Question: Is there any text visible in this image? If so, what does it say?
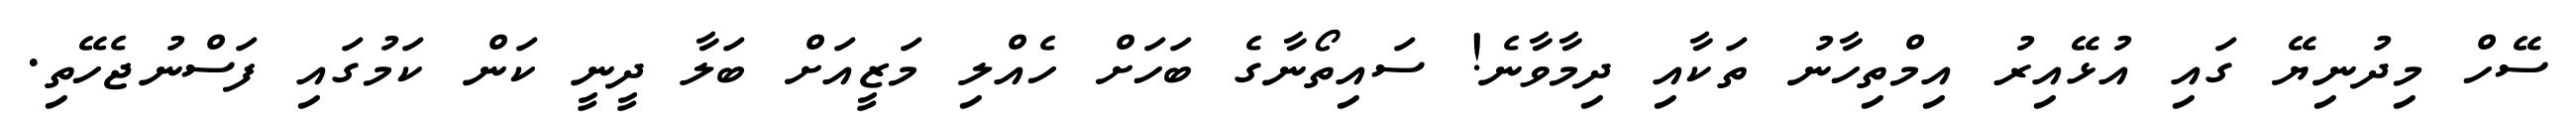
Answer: ސޭހް މިދުނިޔޭ ގައި އުޅޭއިރު އިމްތިހާނު ތަކާއި ދިމާވާނެ! ސައިތޯނާގެ ބަހަށް ހެއްލި މަޒީއަށް ބަލާ ދީނީ ކަން ކަމުގައި ފަސްނުޖެހޭތި.